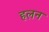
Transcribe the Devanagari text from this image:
हलन